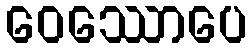
ဝေဿောပေ